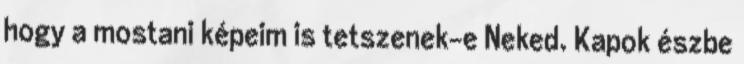
hogy a mostani képeim is tetszenek-e Neked. Kapok észbe